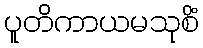
ပူတိကာယမသုစိံ